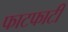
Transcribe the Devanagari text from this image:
फाटफाटी